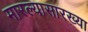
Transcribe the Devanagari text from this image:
मारल्यासारख्या